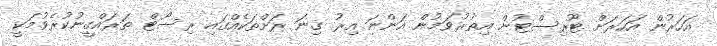
އަހަރުން އަހަރަށް ޓޫރިސްޓުން އިތުރުވަމުން އަންނަ އިރު ގިނަ ރަށްތަކެއްގައި ރިސޯޓް ތަރައްގީނުކުރެވުމަކީ